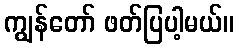
ကျွန်တော် ဖတ်ပြပါ့မယ်။